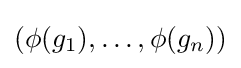
(\phi (g_{1}),\ldots ,\phi (g_{n}))